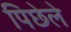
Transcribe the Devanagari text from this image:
पिछेले